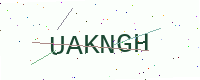
Text: UAKNGH